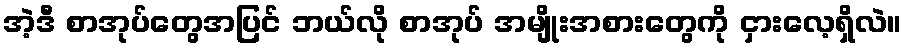
အဲ့ဒီ စာအုပ်တွေအပြင် ဘယ်လို စာအုပ် အမျိုးအစားတွေကို ငှားလေ့ရှိလဲ။